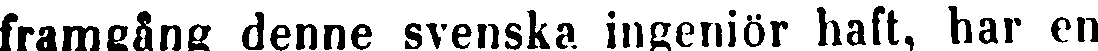
framgång denne svenska ingeniör haft, har en